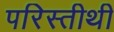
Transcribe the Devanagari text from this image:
परिस्तीथी